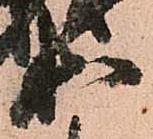
等